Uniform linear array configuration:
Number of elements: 16
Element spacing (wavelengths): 0.75
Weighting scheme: hann
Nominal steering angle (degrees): -60
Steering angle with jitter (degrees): -59.333
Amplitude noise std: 0.05
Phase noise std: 0.05

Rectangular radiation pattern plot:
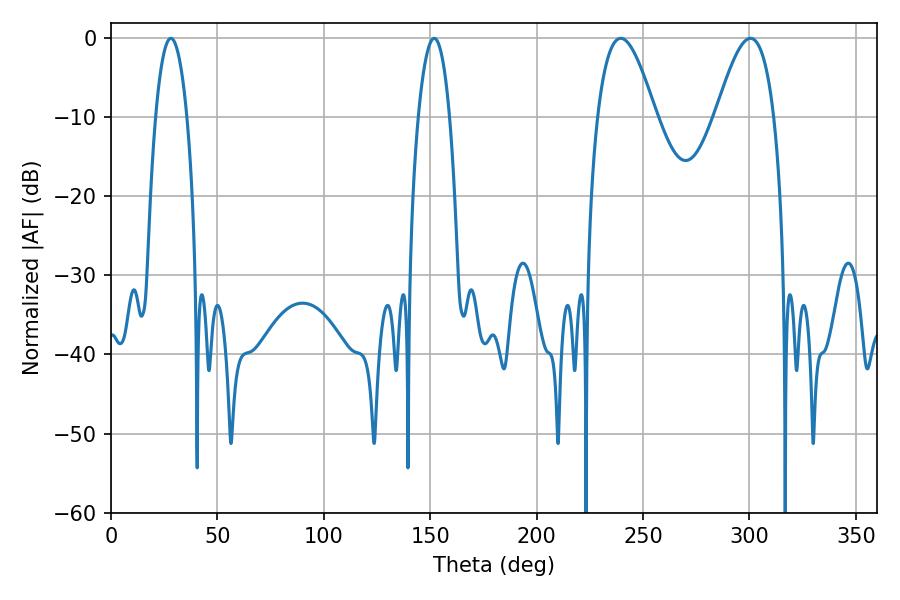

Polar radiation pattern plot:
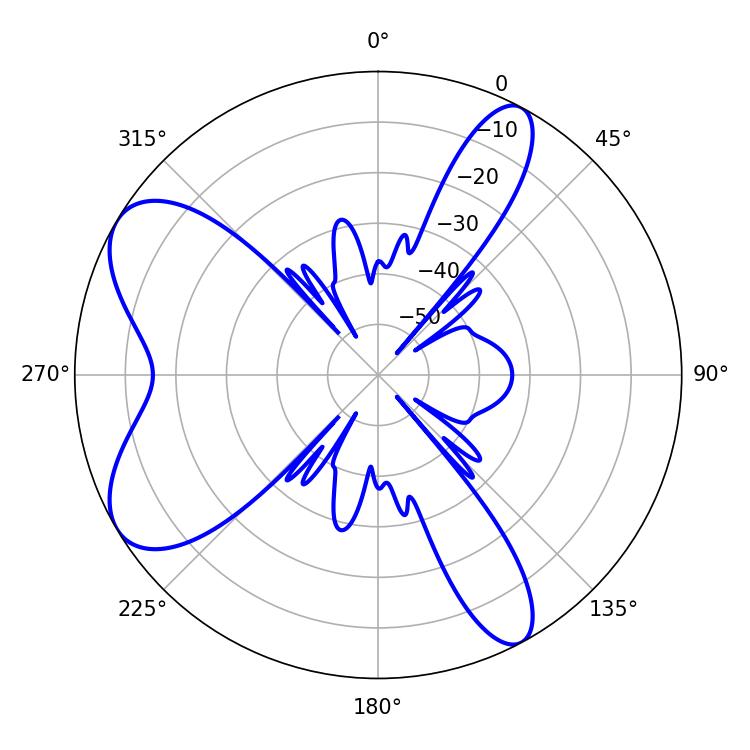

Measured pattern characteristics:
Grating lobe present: TRUE
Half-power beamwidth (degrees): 14.76
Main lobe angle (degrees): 239.58